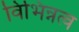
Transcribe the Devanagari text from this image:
विभिन्नत्व